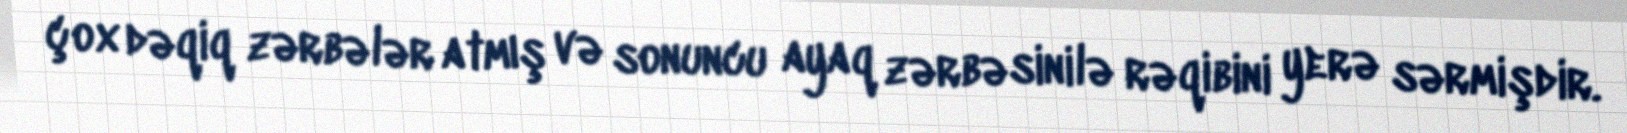
çox dəqiq zərbələr atmış və sonuncu ayaq zərbəsinilə rəqibini yerə sərmişdir.